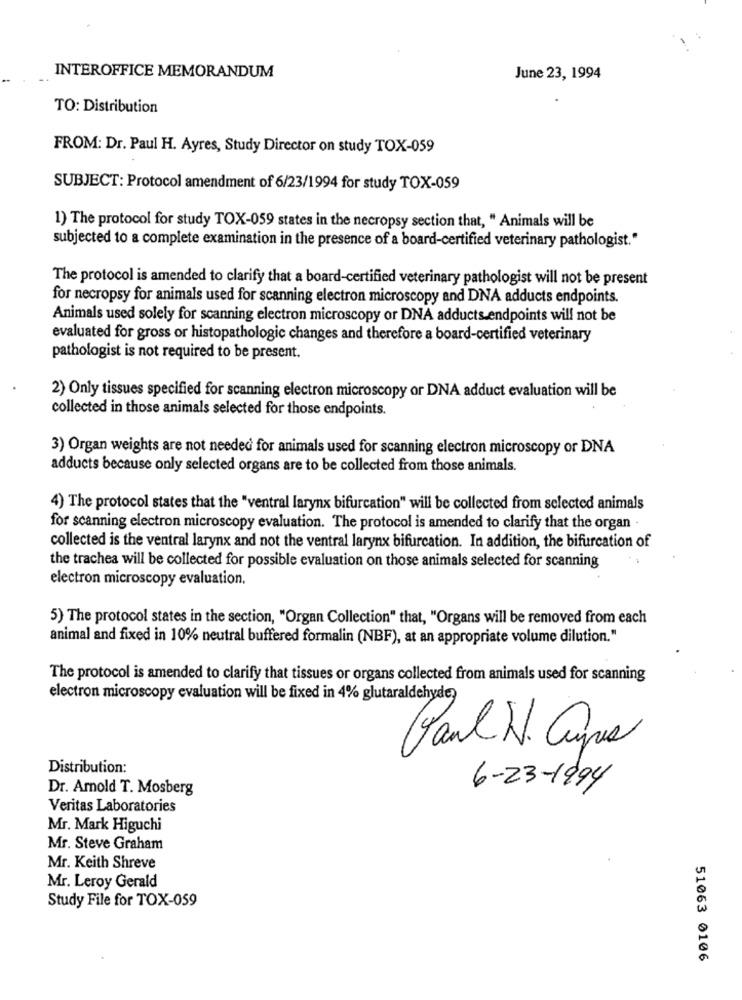
INTEROFFICE MEMORANDUM
June 23, 1994
TO: Distribution
FROM: Dr. Paul H. Ayres, Study Director on study TOX-059
SUBJECT: Protocol amendment of 6/23/1994 for study TOX-059
1) The protocol for study TOX-059 states in the necropsy section that, " Animals will be
subjected to a complete examination in the presence of a board-certified veterinary pathologist."
The protocol is amended to clarify that a board-certified veterinary pathologist will not be present
for necropsy for animals used for scanning electron microscopy and DNA adducts endpoints.
Animals used solely for scanning electron microscopy or DNA adducts endpoints will not be
evaluated for gross or histopathologic changes and therefore a board-certified veterinary
pathologist is not required to be present.
2) Only tissues specified for scanning electron microscopy or DNA adduct evaluation will be
collected in those animals selected for those endpoints.
3) Organ weights are not needed for animals used for scanning electron microscopy or DNA
adducts because only selected organs are to be collected from those animals.
4) The protocol states that the "ventral larynx bifurcation" will be collected from selected animals
for scanning electron microscopy evaluation. The protocol is amended to clarify that the organ -
collected is the ventral larynx and not the ventral larynx bifurcation. In addition, the bifurcation of
the trachea will be collected for possible evaluation on those animals selected for scanning
electron microscopy evaluation.
5) The protocol states in the section, "Organ Collection" that, "Organs will be removed from each
animal and fixed in 10% neutral buffered formalin (NBF), at an appropriate volume dilution."
The protocol is amended to clarify that tissues or organs collected from animals used for scanning
electron microscopy evaluation will be fixed in 4% glutaraldehyde,
Paul W. Capes
Distribution:
Dr. Arnold T. Mosberg
6-23-1994
Veritas Laboratories
Mr. Mark Higuchi
Mr. Steve Graham
Mr. Keith Shreve
Mr. Leroy Gerald
Study File for TOX-059
51063 0106